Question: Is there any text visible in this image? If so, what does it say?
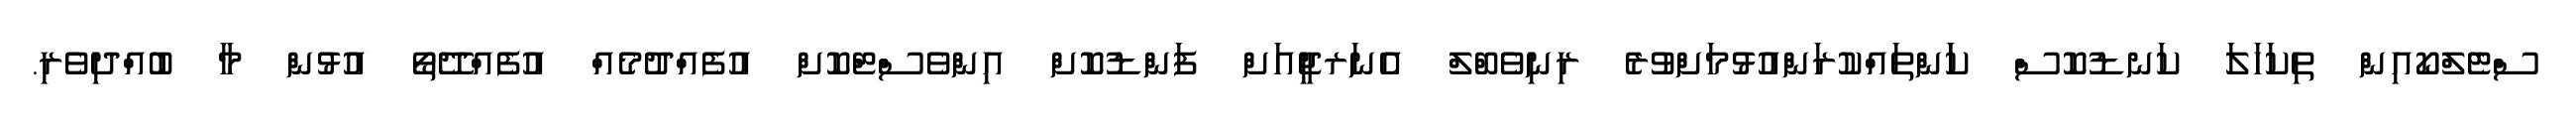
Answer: ސްޓެލްކޯއިން ތިކަހަލަ ކަނޑުކޮސް ކަަންތައްކުރަންއުޅުމަށްވުރެ ރިނިވެބްލް އެނަރޖީއަށް ފަންޑުކޮށް އިންވެސްޓްކޮށް އުފެއްދުމެއް އުފެއްދޭތޯ އުޅުން މާ ބުއްދިވެރި.